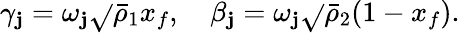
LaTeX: \gamma_{\mathbf{j}}=\omega_{\mathbf{j}}\sqrt{}{{\bar{{\rho}}_{1}}}x_{f},\quad\beta_{\mathbf{j}}=\omega_{\mathbf{j}}\sqrt{}{{\bar{{\rho}}_{2}}}(1-x_{f}).